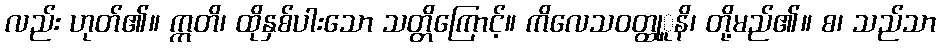
လည်း ဟုတ်၏။ ဣတိ၊ ထိုနှစ်ပါးသော သတ္တိကြောင့်။ ကိလေသဝတ္ထုူနိ၊ တို့မည်၏။ စ၊ သည်သာ